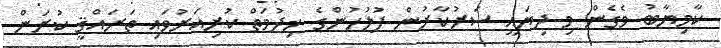
ކާމިޔާބު ވެގެން މި ދިޔައީ ސަރުކާރުން ފުލުހުންގެ ޚިދުމަތް ކުރިއަރުވައި ތަރައްޤީ ކުރަން